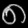
Digit: ၈